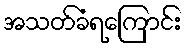
အသတ်ခံရကြောင်း